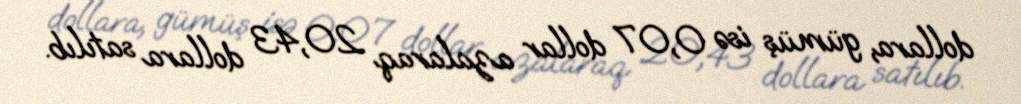
dollara, gümüş isə 0,07 dollar azalaraq 20,43 dollara satılıb.